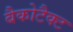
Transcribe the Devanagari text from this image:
बैकोटैक्ट